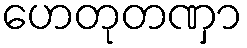
ဟေတုတဏှာ